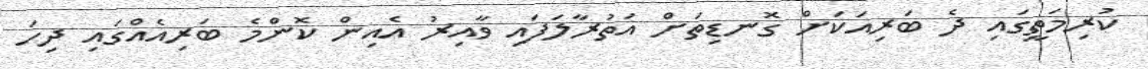
ކުރިމަތީގައި ދެ ބަރިއަކަށް ގޮނޑިތަށް އަތުރާލަފައި ވާއިރު އެއިން ކޮންމެ ބަރިއެއްގައި ދިހަ